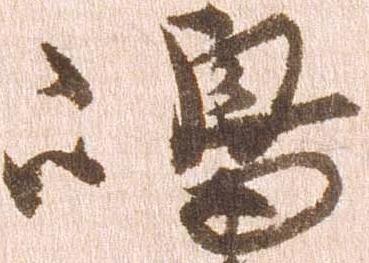
嶋